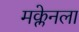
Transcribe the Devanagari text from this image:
मक्लेनला